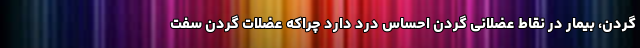
گردن، بیمار در نقاط عضلانی گردن احساس درد دارد چراکه عضلات گردن سفت